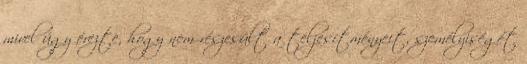
mivel úgy érezte, hogy nem részesült a teljesítményeit, személyiségét